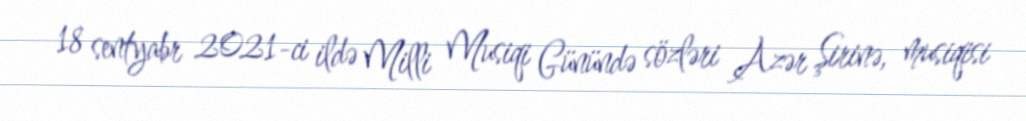
18 sentyabr 2021-ci ildə Milli Musiqi Günündə sözləri Azər Şirinə, musiqisi